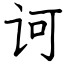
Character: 诃